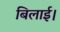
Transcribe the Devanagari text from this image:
बिलाई।